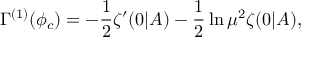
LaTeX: \Gamma ^ { ( 1 ) } ( \phi _ { c } ) = - \frac 1 2 \zeta ^ { \prime } ( 0 | A ) - \frac 1 2 \ln \mu ^ { 2 } \zeta ( 0 | A ) ,